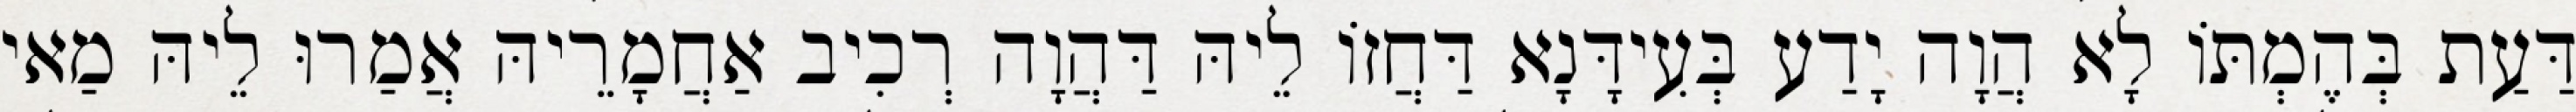
דַּעַת בְּהֶמְתּוֹ לָא הֲוָה יָדַע בְּעִידָּנָא דַּחֲזוֹ לֵיהּ דַּהֲוָה רְכִיב אַחֲמָרֵיהּ אֲמַרוּ לֵיהּ מַאי